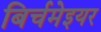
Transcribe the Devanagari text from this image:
बिर्चमेइयर